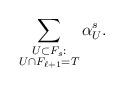
LaTeX: \begin{align*}\sum_{\substack{U \subset F_s: \\ U \cap F_{\ell+1} = T}} \alpha^s_U.\end{align*}